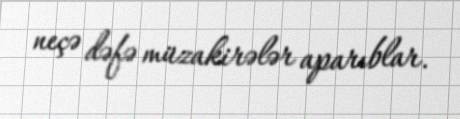
neçə dəfə müzakirələr aparıblar.